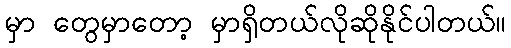
မှာ တွေမှာတော့ မှာရှိတယ်လိုဆိုနိုင်ပါတယ်။